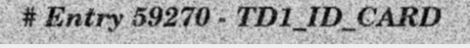
# Entry 59270 - TD1_ID_CARD